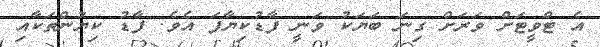
އެ ޓްވީޓަށް ވަރަށް ގިނަ ބަޔަކު ވަނީ ފާޑުކިޔާފަ އެވެ. ފާޑު ކިޔުންތަކާއި